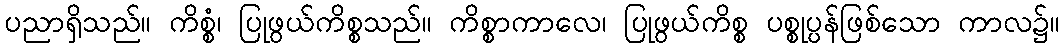
ပညာရှိသည်။ ကိစ္စံ၊ ပြုဖွယ်ကိစ္စသည်။ ကိစ္စာကာလေ၊ ပြုဖွယ်ကိစ္စ ပစ္စုပ္ပန်ဖြစ်သော ကာလ၌။